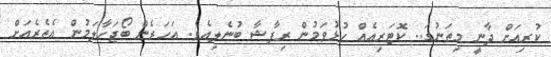
ކުރިއަށް ދާނީ މިތަނުގަ.. ކޮޓަރިއެއް ހުޅުވަމުން ރިފާޝާ ބުނެލިއެވެ. އަހަރެން ބޯޖަހާލަމުން އެތެރެއަށް